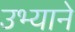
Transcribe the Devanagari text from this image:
उभ्याने